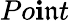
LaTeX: Po\mathbf{i}\mathfrak{n}t